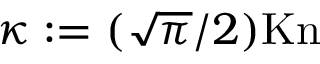
\kappa : = ( \sqrt { \pi } / 2 ) \mathrm { K n }